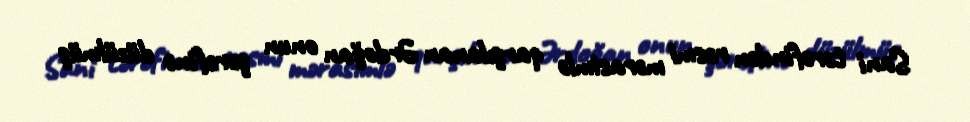
Sani tərəfindən rəsmi mərasimlə qarşılanan Ərdoğan onun şərəfinə düzülmüş